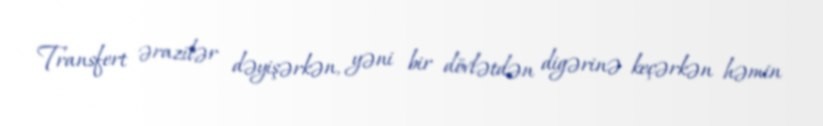
Transfert ərazilər dəyişərkən, yəni bir dövlətdən digərinə keçərkən həmin